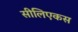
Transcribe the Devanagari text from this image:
सीलिएकस